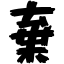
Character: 棄